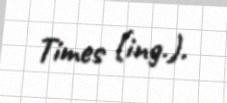
Times (ing.).